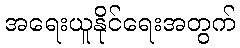
အရေးယူနိုင်ရေးအတွက်